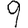
Digit: 9